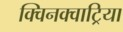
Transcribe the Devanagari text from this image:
क्विनक्वाट्रिया